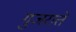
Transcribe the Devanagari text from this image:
गुजराते